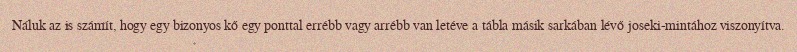
Náluk az is számít, hogy egy bizonyos kő egy ponttal errébb vagy arrébb van letéve a tábla másik sarkában lévő joseki-mintához viszonyítva.